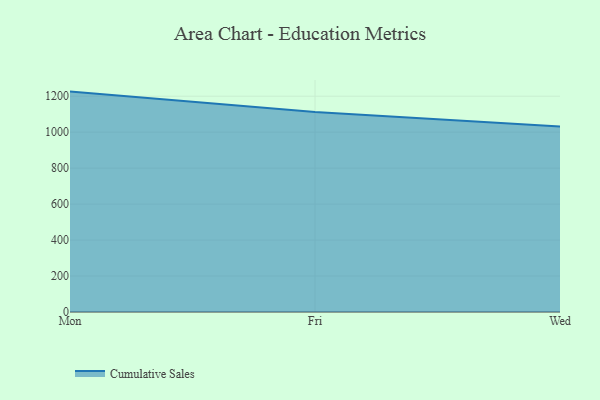
{"axis": {"x": "Day", "y": "Active Users"}, "legend": ["Cumulative Sales"], "data": [{"x": "Mon", "y": 1225.6, "type": "Cumulative Sales"}, {"x": "Fri", "y": 1111.8, "type": "Cumulative Sales"}, {"x": "Wed", "y": 1031.8, "type": "Cumulative Sales"}]}